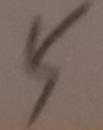
5